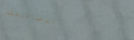
الرجاء الانتظار